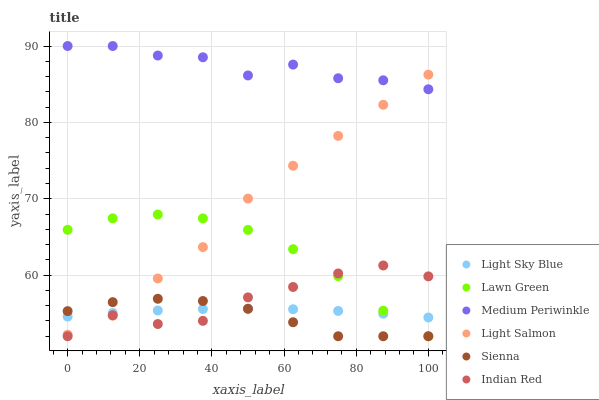
| xaxis_label | Light Sky Blue | Lawn Green | Medium Periwinkle | Light Salmon | Sienna | Indian Red |
 | --- | --- | --- | --- | --- | --- | --- |
 | 0 | 54.6 | 65.9 | 90 | 52.2 | 55.3 | 52 |
 | 12.5 | 55 | 67.4 | 90 | 54.7 | 56.5 | 54.7 |
 | 25 | 55.4 | 67.9 | 88.8 | 59.6 | 56.9 | 53.6 |
 | 37.5 | 55.6 | 67.4 | 88.5 | 63.7 | 56.6 | 54 |
 | 50 | 55.6 | 65.9 | 86.1 | 70 | 55.6 | 57.1 |
 | 62.5 | 55.5 | 63.4 | 87.6 | 74.3 | 53.8 | 58.5 |
 | 75 | 55.3 | 59.9 | 85.8 | 78.2 | 52 | 60.2 |
 | 87.5 | 55 | 55.3 | 85.5 | 82.3 | 52 | 61.3 |
 | 100 | 54.5 | 52 | 84.3 | 86.2 | 52 | 59.8 |